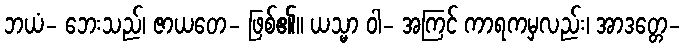
ဘယံ- ဘေးသည်၊ ဇာယတေ- ဖြစ်၏။ ယသ္မာ ဝါ- အကြင် ကာရကမှလည်း၊ အာဒတ္တေ-